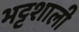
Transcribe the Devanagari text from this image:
भट्टशाली